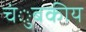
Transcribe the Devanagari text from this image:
चंुबकीय